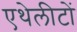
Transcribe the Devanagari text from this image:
एथेलीटों